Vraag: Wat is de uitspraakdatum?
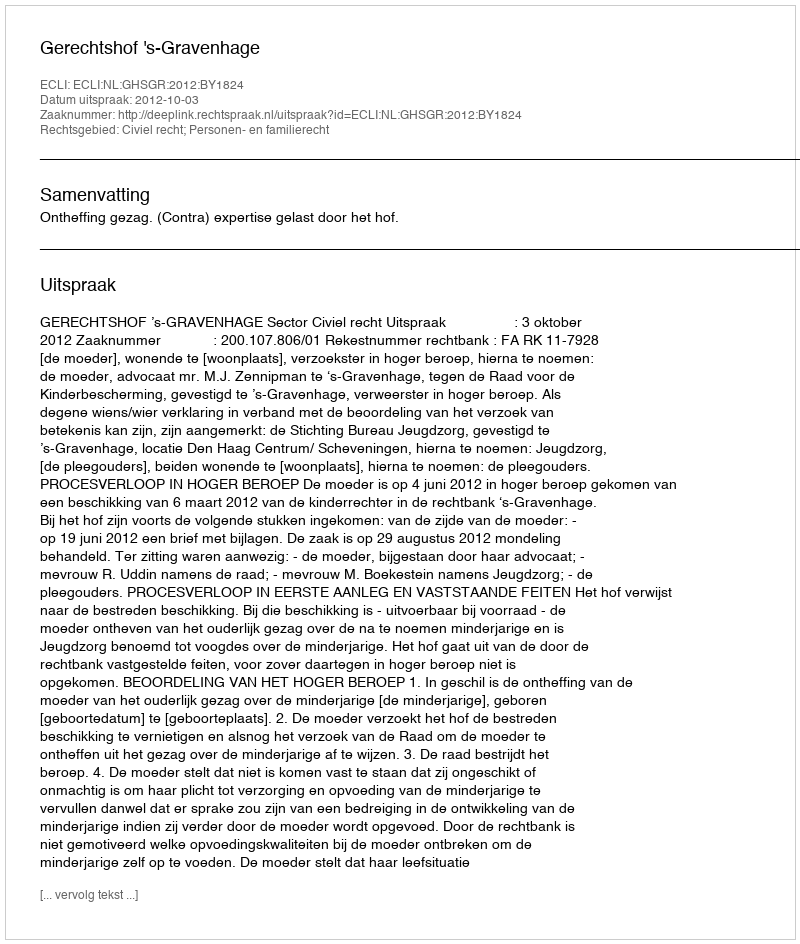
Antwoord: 2012-10-03